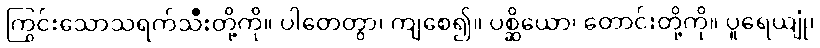
ကြွင်းသောသရက်သီးတို့ကို။ ပါတေတွာ၊ ကျစေ၍။ ပစ္ဆိယော၊ တောင်းတို့ကို။ ပူရေယျုံ၊